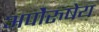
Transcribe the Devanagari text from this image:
अपाेेैरुषेय